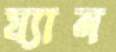
য্যান